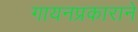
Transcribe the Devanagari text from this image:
गायनप्रकाराने